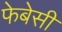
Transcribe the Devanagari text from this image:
फेबेसी